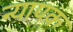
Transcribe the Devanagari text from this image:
न्यापक